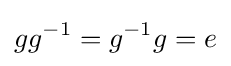
gg^{-1}=g^{-1}g=e